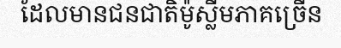
ដែលមានជនជាតិម៉ូស្លីមភាគច្រើន